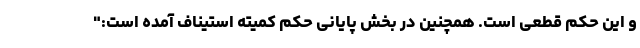
و این حکم قطعی است. همچنین در بخش پایانی حکم کمیته استیناف آمده است:"